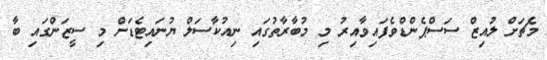
މެޗަށް ލުއިޒް ސަސްޕެންޑްވެފައިވާއިރު މި މުބާރާތުގައި ނިއުކާސަލް ޔުނައިޓެޑަށް މި ސީޒަންގައި ބާ